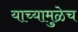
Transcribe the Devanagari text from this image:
याच्यामुळेच